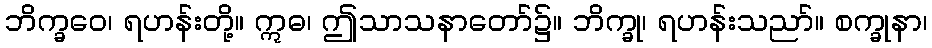
ဘိက္ခဝေ၊ ရဟန်းတို့။ ဣဓ၊ ဤသာသနာတော်၌။ ဘိက္ခု၊ ရဟန်းသညာ်။ စက္ခုနာ၊